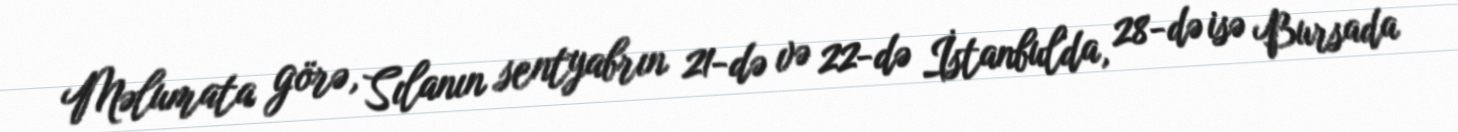
Məlumata görə, Sılanın sentyabrın 21-də və 22-də İstanbulda, 28-də isə Bursada